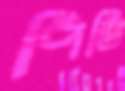
পিভি